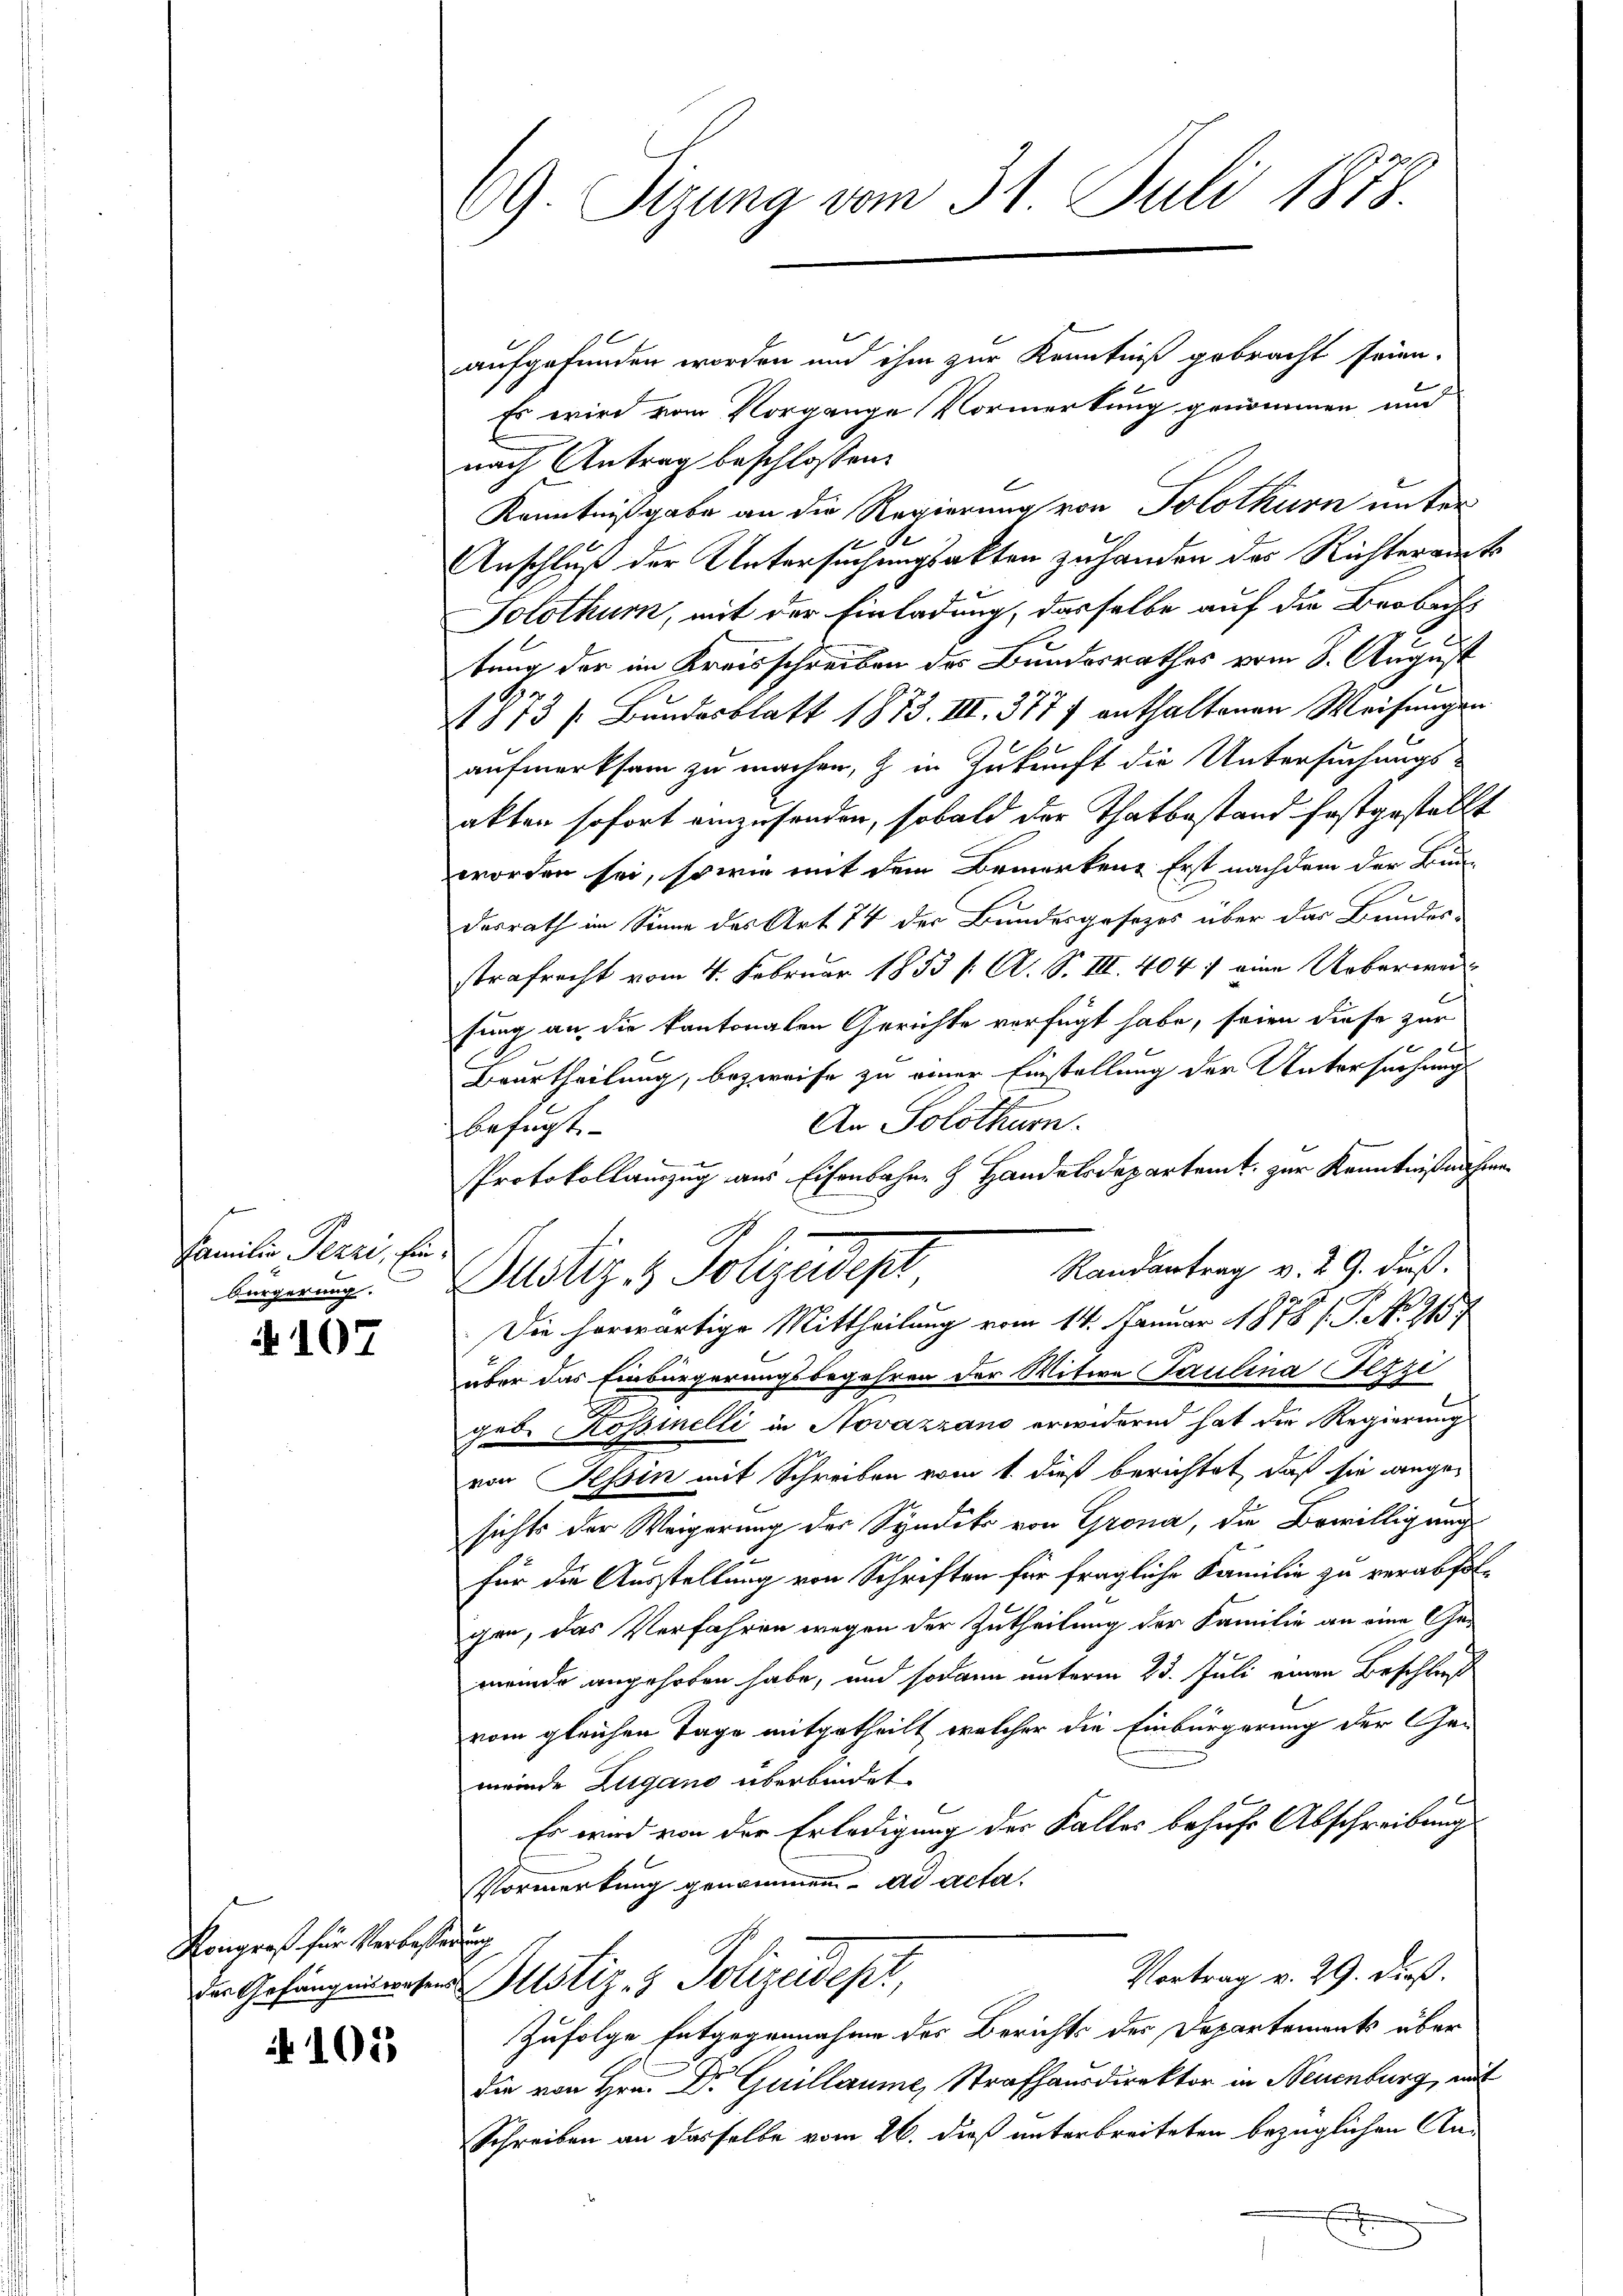
Familie Perri, fin
bürgerung.

A 107

Kongroß für Verbesserung

N 101

69. Sizung vom 31. Juli 1878.

aufgefunden worden und ihm zur Kenntniß gebracht seien.
Es wird vom Vorgange Vormerkung genommen, und
nach Antrag beschlossen:
Kenntnißgabe an die Regierung von Solothurn unter
b
Anschluß der Untersuchungsakten zu handen das Richteramts
Solothurn, mit der Einladung, dasselbe auf die Beobachs
tung der im Kreisschreiben des Bundesrathes vom 8. August
9
 813 /: Bundesblatt 1873. III. 377 f enthaltenen Weisungen
aufmerksam zu machen, & in Zukunft die Untersuchungs-
akten sofort einzusenden, sobald der Thatbestand festgestellt
worden sei, so wie mit dem Bemerken Erst nachdem der Bun-
derrath im Sinne des Art 74 der Bundesgesezes über das Bundes-
strafrecht vom 4. Februar 1853 f. A. S. III. 4047 eine Ueberwei
fung an die kantonalen Gerichte verfügt habe, seien diese zur
f
Beurtheilung, bezweife zu einer Einstellung der Untersuchungs
An Solothurn.
befügt
Protokollauszug aus Eisenbahn H. Handelsdepartamt zur Kenntnißnahme
Randantrag v. 29. dieß.
Justiz & Polizeidigt
Die herwärtige Mittheilung vom 14. Januar 1878 / P. No. 1157
aber das Einbürgerungsbegehren der Witwe Paulina Fezzi
geb. Rossinelli in Novazzano erwidernd hat die Regierung
von Tessin mit Schreiben vom 1. dieß berichtet, daß sie angesichts der Weigerung der Syndiko von Grona, die Bewilligung
2
für die Ausstellung von Schriften für fragliche Familie zu verabfolgen, das Verfahren wegen der Zutheilung der Familie an eine Ge-
meinde angehoben habe, und sodann unterm 23. Juli einen Beschluß
vom gleichen Tage mitgetheilt, welcher die Einbürgerung der Gemeinde Zugano überbindet.
Es wird von der Erledigung der Falles behufe Abschreibung
Vormerkung genommen. ad acta.
Vortrag v. 29. dieß.
In Gefängen unser Astiz- & Polizeidept,
Zufolge Entgegennahme der Berichts der Departements über
die von Hrn. Dr Guillaume, Strafhausdirektor in Neuenburg, mit
Schreiben an dasselbe vom 26. dieß unterbreiteten bezüglichen An¬